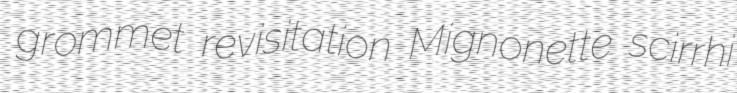
grommet revisitation Mignonette scirrhi